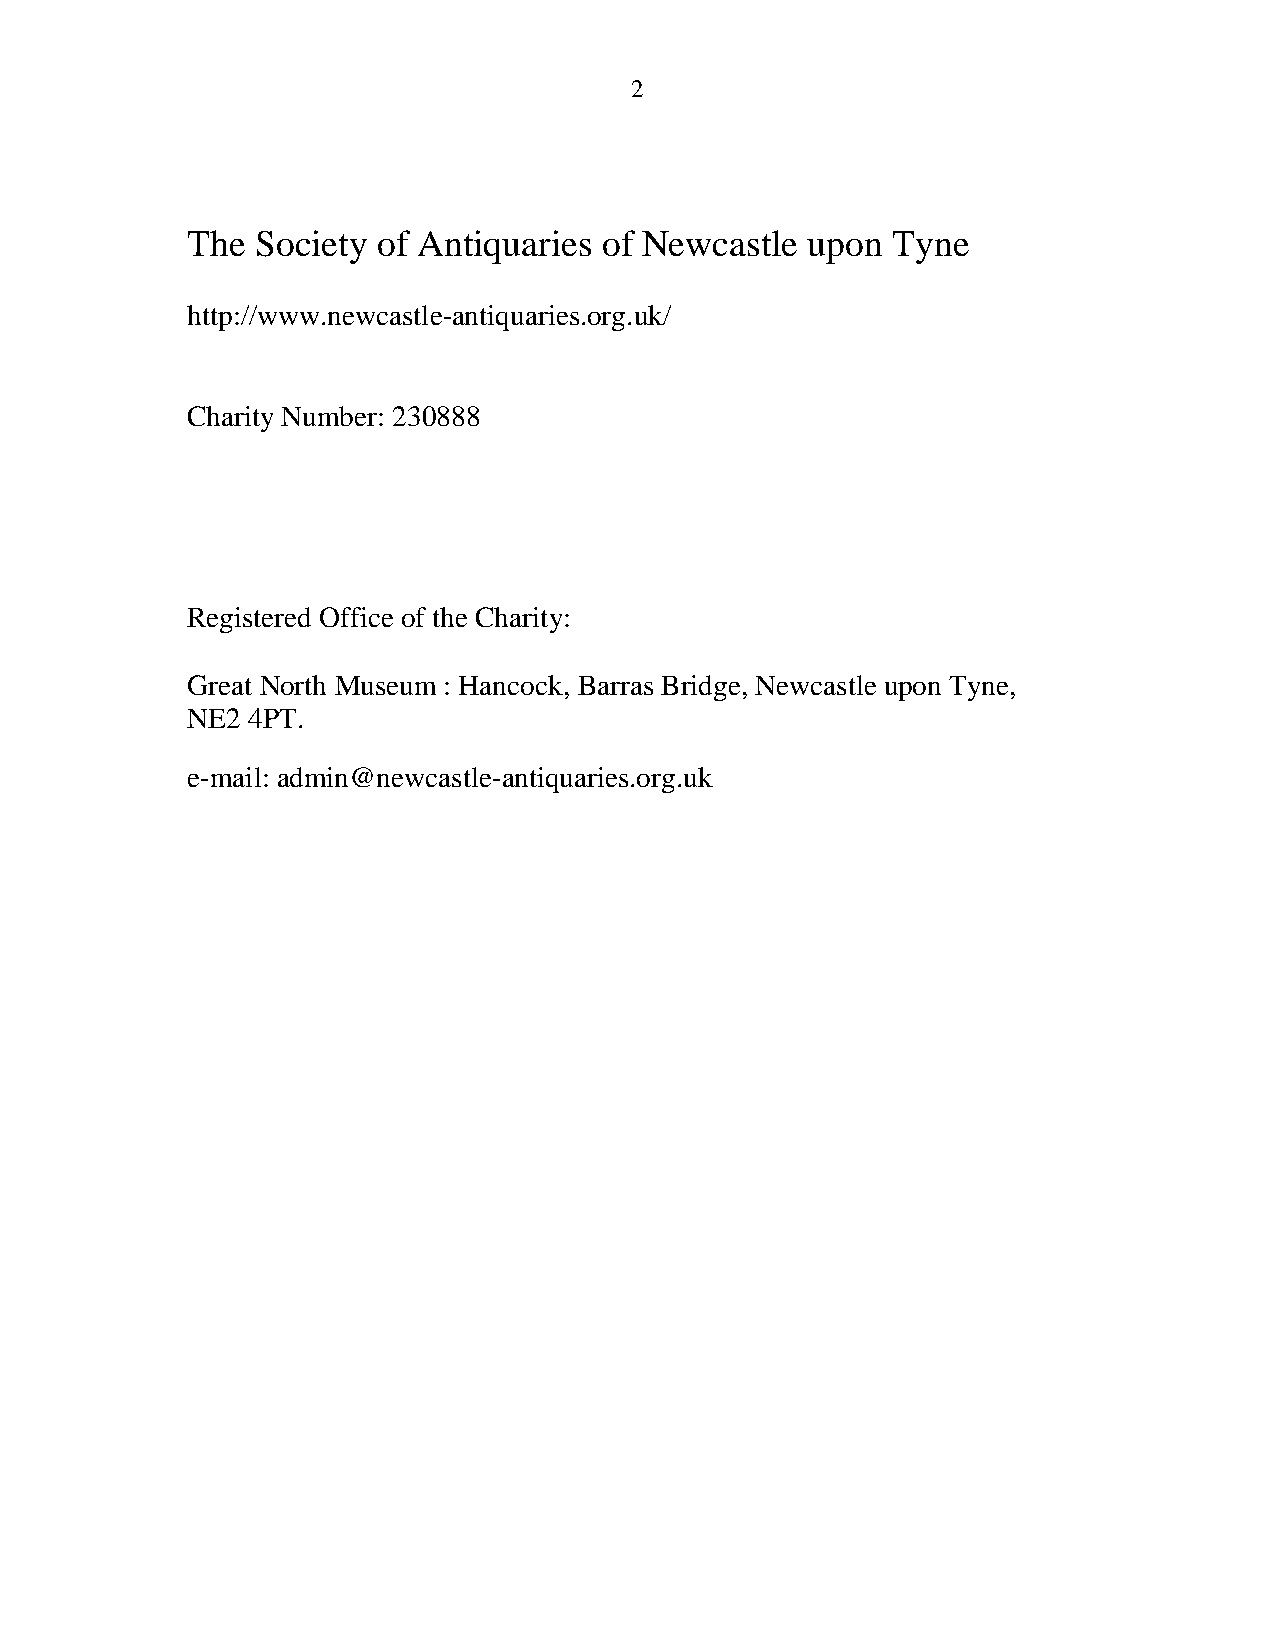
2
 The  Society of Antiquaries of Newcastle upon  Tyne
 http://www.newcastle-antiquaries.org.uk/
 Charity Number: 230888
 Registered Office of the Charity:
 Great North Museum : Hancock, Barras Bridge, Newcastle upon Tyne,
 NE2 4PT.
 e-mail: admin@newcastle-antiquaries.org.uk